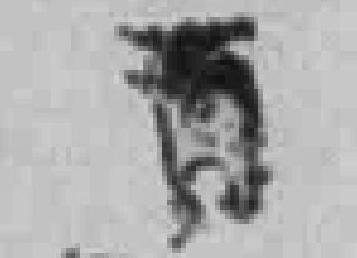
*